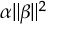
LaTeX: \alpha \| \beta \| ^ { 2 }